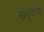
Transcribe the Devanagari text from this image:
कद्रुदाय